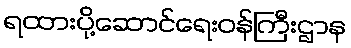
ရထားပို့ဆောင်ရေးဝန်ကြီးဌာန